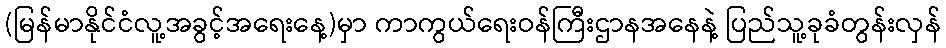
(မြန်မာနိုင်ငံလူ့အခွင့်အရေးနေ့)မှာ ကာကွယ်ရေးဝန်ကြီးဌာနအနေနဲ့ ပြည်သူ့ခုခံတွန်းလှန်